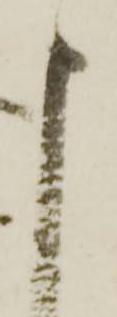
申